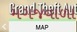
મગજવાળા